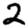
Digit: 2